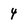
Character: 4